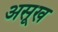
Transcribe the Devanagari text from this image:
असूख